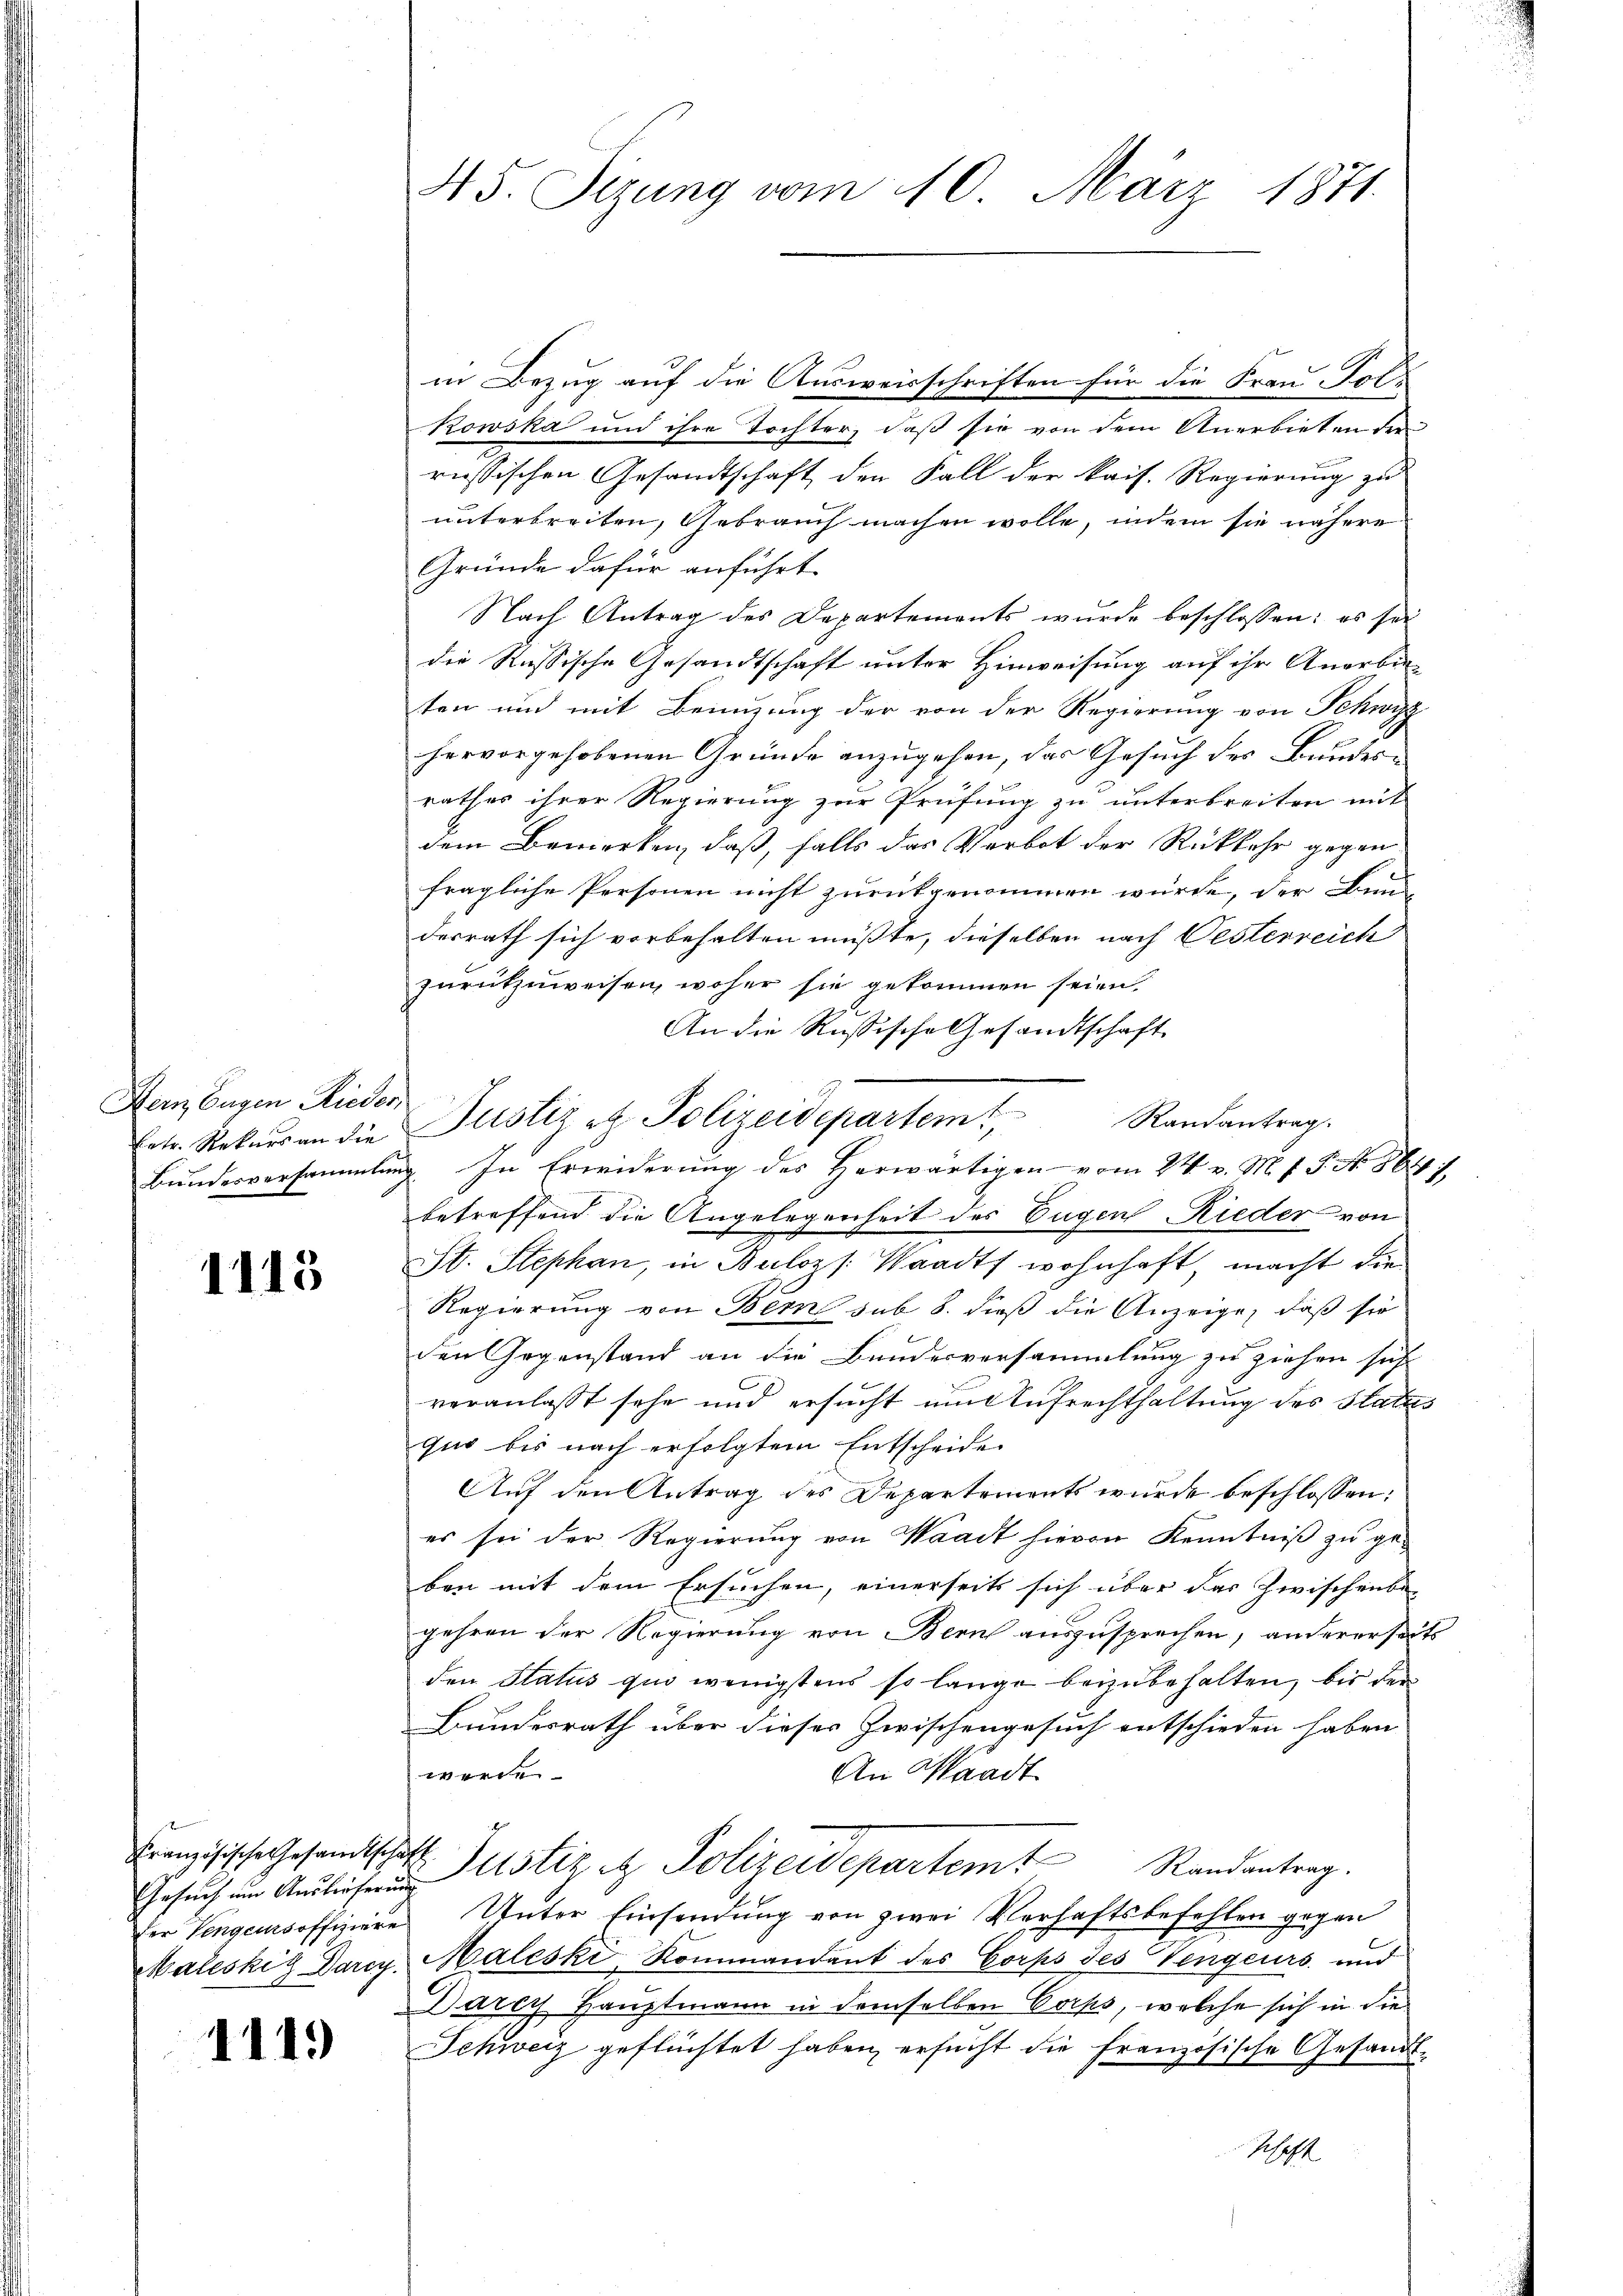
Hern Eugen Rieder,

1113

Gesuch um Auslieferung

1119

45. Sizung vom 10. März 1871

in Bezug auf die Ausweisschriften für die Frau Folkowska und ihre Tochter, daß sie von dem Anerbieten der
russischen Gesandtschaft den Fall der kais. Regierung zu
unterbreiten, Gebrauch machen wolle, indem sie nähere
Gründe dafür anführt.
Nach Antrag des Departements wurde beschlossen: es sei
die Russische Gesandtschaft unter Hinweisung auf ihr Anerbieten und mit Beinzung der von der Regierung von Schwyz
hervorgehobenen Gründe anzugehen, das Gesuch des Bundesrathes ihrer Regierung zur Prüfung zu unterbreiten mit
dem Bemerken, daß, falls das Verbot der Rückkehr gegen
fragliche Personen nicht zurückgenommen würde, der Bunde
desrath sich vorbehalten müßte, dieselben nach Oesterreich
zurückzuweisen, woher sie gekommen seien.
An die Russische Gesandtschaft
Randantrag.
Ertr. Rekurs an die Justiz et Polizeidepartem
Bundesversammlung. In Erwiderung des herwärtigen vom 24. v. M. J. P. No. 864)
betreffend die Angelegenheit des Eugen Rieder von
St. Stephan, in Buloz /: Waadt wohnhaft, macht die
Regierung von Bern sub 8. dieß die Anzeige, daß sie
den Gegenstand an die Bundesversammlung zu ziehen sich
veranlasst sehe und ersucht um Aufrechthaltung des Status
quo bis nach erfolgtem Entscheide
Aŭf den Antrag des Departements wurde beschlossen:
es sei der Regierung von Waadt hievon Kenntniß zu geben mit dem Ersuchen, einerseits sich über das Zwischenbe-
gehren der Regierung von Bern auszusprechen, andererseits
den Status quo wenigstens so lange beizubehalten, bis der
Bundesrath über dieser Zwischengesuch entschieden haben
werde
An Waadt
Französische Gesandtschaft Zustiz, et Polizeidepartem Randantrag.
er Vergeursoffiziere Unter Einsendung von zwei Verhaftsbefehlen gegen
Maleskig Parey. Maleski, Rommandant des Corps des Vengeurs und
Darcy Hauptmann in demselben Corps, welche sich in die
Schweiz geflüchtet haben, ersucht die französische Gesandt-
schaft

.